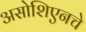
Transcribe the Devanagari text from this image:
असोशिएनचे